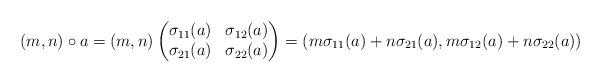
LaTeX: \begin{align*}(m, n)\circ a=(m, n)\begin{pmatrix} \sigma_{11}(a) & \sigma_{12}(a) \\ \sigma_{21}(a) & \sigma_{22}(a)\end{pmatrix}=(m\sigma_{11}(a)+n\sigma_{21}(a), m\sigma_{12}(a)+n\sigma_{22}(a))\end{align*}